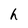
Character: h